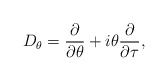
\begin{align*}D_\theta=\frac{\partial}{\partial\theta}+i\theta\frac{\partial}{\partial\tau},\end{align*}